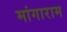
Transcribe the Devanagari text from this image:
मांगाराम